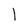
Character: 1